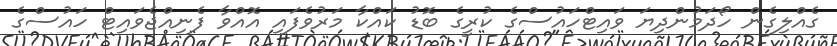
ގެއްލިގެން ހޯދަމުންދިޔަ ވައިޓްހައުސްގެ ކުރީގެ ބޮޑު ކައްކާ މަރުވެފައި އޮއްވާ ފެނިއްޖެވައިޓް ހައުސްގެ